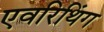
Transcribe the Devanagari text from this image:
एवरिथिंग